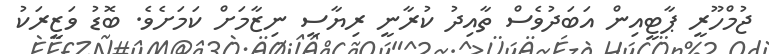
ޖުމްހޫރީ ޕާޓީއިން އަބަދުވެސް ތާއިދު ކުރާނީ ރިޔާސީ ނިޒާމަށް ކަމަށެވެ. ބޮޑު ވަޒީރަކު